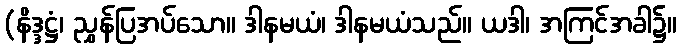
(နိဒ္ဒဋ္ဌံ၊ ညွှန်ပြအပ်သော။ ဒါနမယံ၊ ဒါနမယံသည်။ ယဒါ၊ အကြင်အခါ၌။